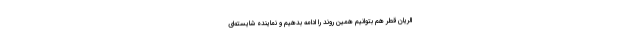
الریان قطر هم بتوانیم همین روند را ادامه بدهیم و نماینده شایسته‌ای